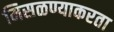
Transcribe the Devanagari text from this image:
मिसळण्याकरता